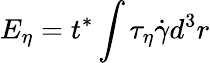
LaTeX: {E}_{\eta}={{t}^{*}}\int{{{\tau}_{\eta}}\dot{\gamma}{d^{3}}r}